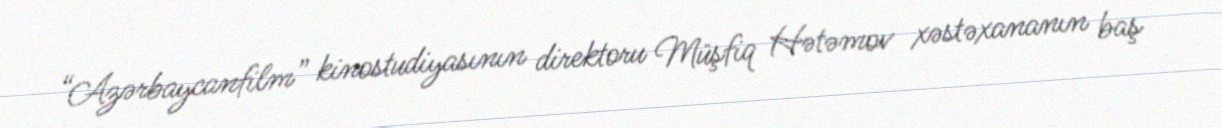
“Azərbaycanfilm” kinostudiyasının direktoru Müşfiq Hətəmov xəstəxananın baş